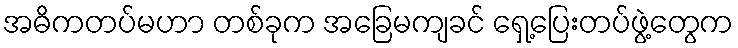
အဓိကတပ်မဟာ တစ်ခုက အခြေမကျခင် ရှေ့ပြေးတပ်ဖွဲ့တွေက